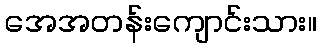
အေအတန်းကျောင်းသား။